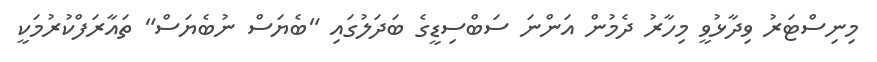
މިނިސްޓަރު ވިދާޅުވީ މިހާރު ދެމުން އަންނަ ސަބްސިޑީގެ ބަދަލުގައި "ބެޔަސް ނުބެޔަސް" ތައާރަފްކުރުމަކީ